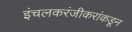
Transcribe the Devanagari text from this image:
इंचलकरंजीकरांकडून